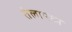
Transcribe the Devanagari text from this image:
तेलामध्ये